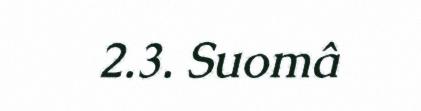
2.3. Suomâ